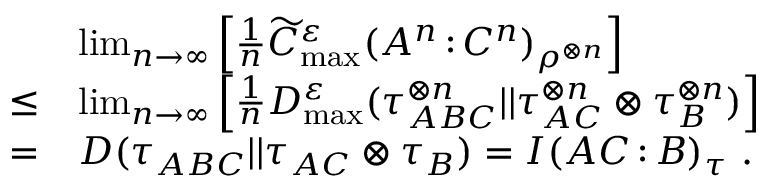
\begin{array} { r l } & { \operatorname* { l i m } _ { n \to \infty } \left[ \frac { 1 } { n } \widetilde { C } _ { \operatorname* { m a x } } ^ { \varepsilon } ( A ^ { n } { \, : \, } C ^ { n } ) _ { \rho ^ { \otimes n } } \right] } \\ { \leq } & { \operatorname* { l i m } _ { n \to \infty } \left[ \frac { 1 } { n } D _ { \operatorname* { m a x } } ^ { \varepsilon } ( \tau _ { A B C } ^ { \otimes n } | | \tau _ { A C } ^ { \otimes n } \otimes \tau _ { B } ^ { \otimes n } ) \right] } \\ { = } & { D ( \tau _ { A B C } | | \tau _ { A C } \otimes \tau _ { B } ) = I ( A C { \, : \, } B ) _ { \tau } \ . } \end{array}